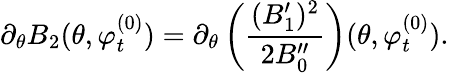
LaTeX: \partial_{\theta}B_{2}(\theta,\varphi_{t}^{(0)})=\partial_{\theta}\left(\frac{(B_{1}^{\prime})^{2}}{2B_{0}^{\prime\prime}}\right)(\theta,\varphi_{t}^{(0)}).